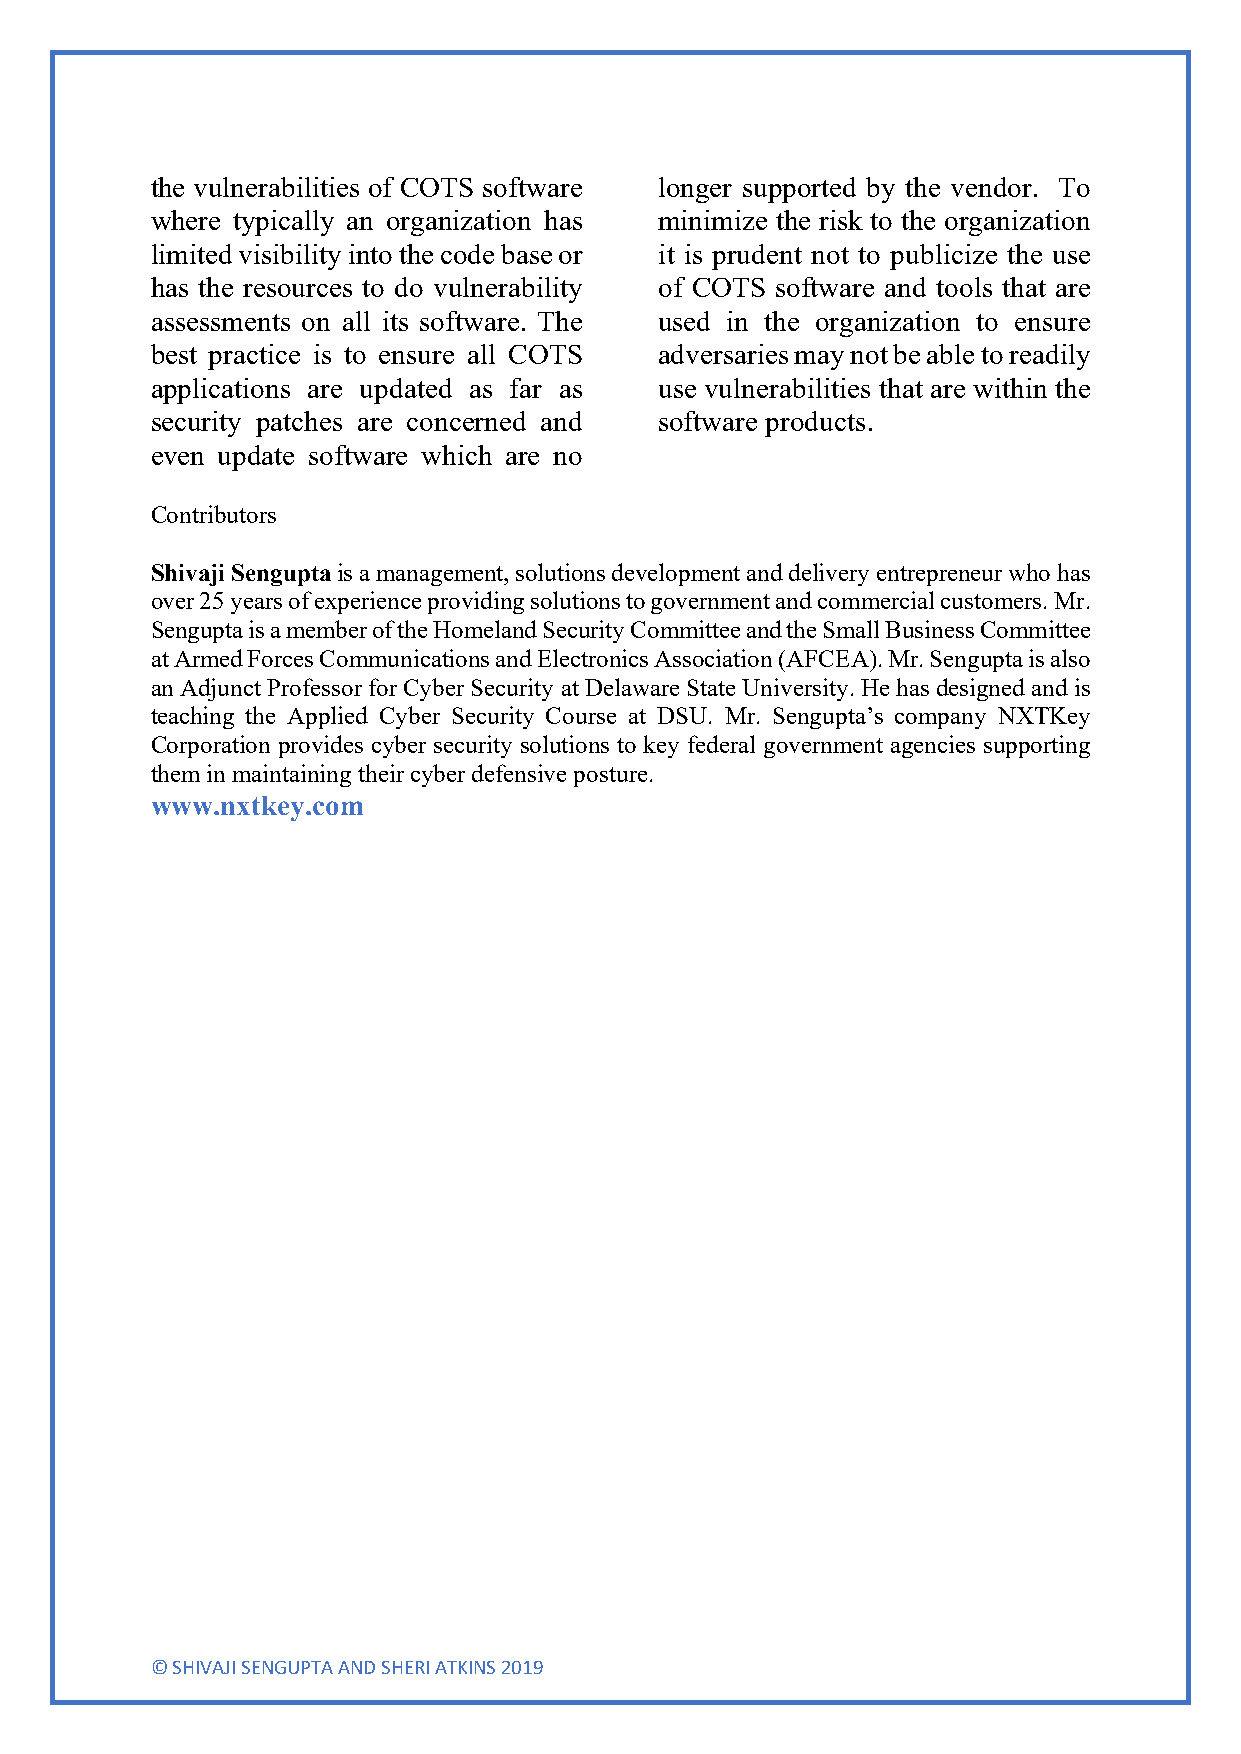
the vulnerabilities of COTS software longer supported by the vendor. To
 where typically an organization has minimize the risk to the organization
 limited visibility into the code base or it is prudent not to publicize the use
 has the resources to do vulnerability of COTS software and tools that are
 assessments on all its software. The used in the organization to ensure
 best practice is to ensure all COTS adversaries may not be able to readily
 applications are updated as far as use vulnerabilities that are within the
 security patches are concerned and software products.
 even update software which are no
 Contributors
 Shivaji Sengupta is a management, solutions development and delivery entrepreneur who has
 over 25 years of experience providing solutions to government and commercial customers. Mr.
 Sengupta is a member of the Homeland Security Committee and the Small Business Committee
 at Armed Forces Communications and Electronics Association (AFCEA). Mr. Sengupta is also
 an Adjunct Professor for Cyber Security at Delaware State University. He has designed and is
 teaching the Applied Cyber Security Course at DSU. Mr. Sengupta’s company NXTKey
 Corporation provides cyber security solutions to key federal government agencies supporting
 them in maintaining their cyber defensive posture.
 www.nxtkey.com
 © SHIVAJI SENGUPTA AND SHERI ATKINS 2019